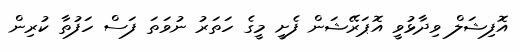
އޮފިޝަލް ވިދާޅުވީ އޮޕަރޭޝަން ފެށީ މީގެ ހަތަރު ނުވަތަ ފަސް ހަފުތާ ކުރިން